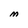
Character: M